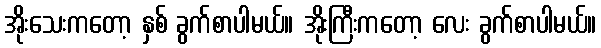
အိုးသေးကတော့ နှစ် ခွက်စာပါမယ်။ အိုးကြီးကတော့ လေး ခွက်စာပါမယ်။